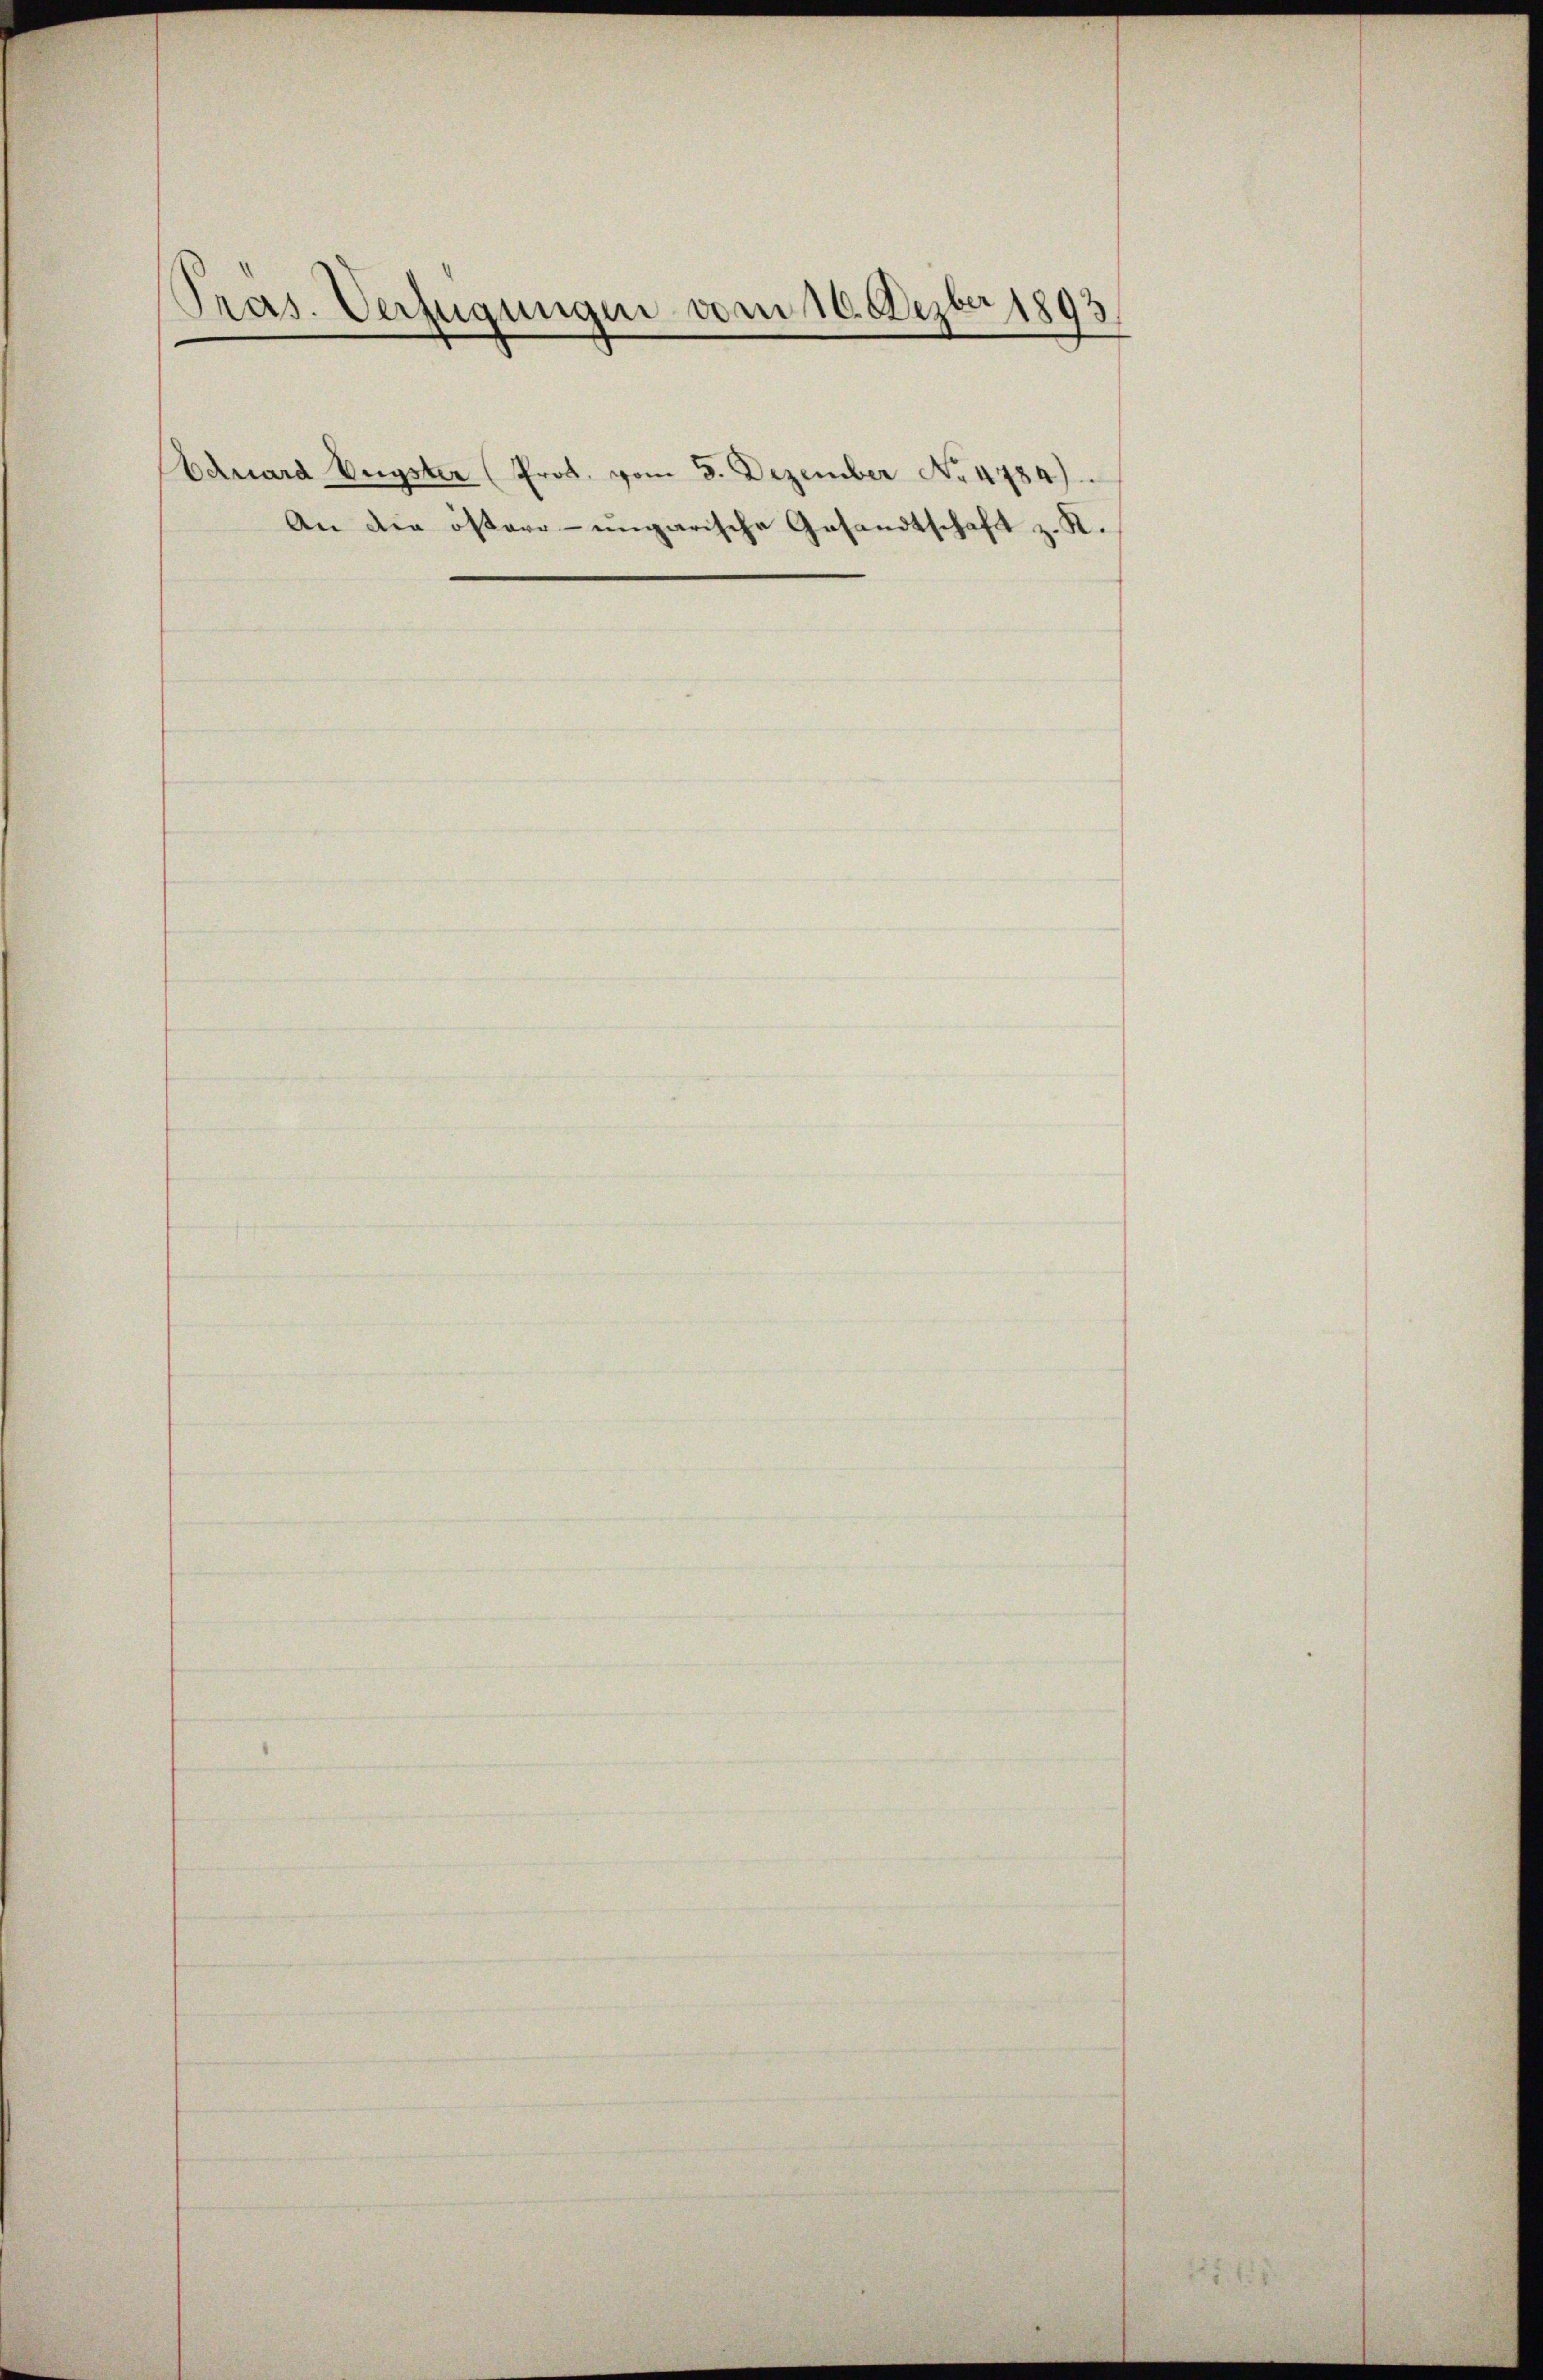
Präs. Verfügungen vom 10. Dezbr 1893

Eduard Eugster (Prot. vom 5. Dezember No. 4784).

An die östere ungarische Gesandtschaft z. K.